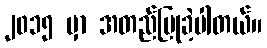
၂၀၁၅ မှာ အတည်ပြုခဲ့ပါတယ်။